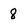
Character: 8